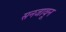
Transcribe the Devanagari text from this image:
सनजावून